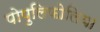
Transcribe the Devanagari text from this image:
पोपुलिफोलिया